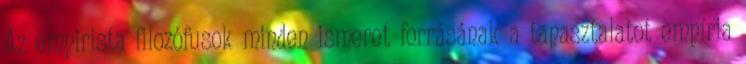
Az empirista filozófusok minden ismeret forrásának a tapasztalatot empíria